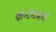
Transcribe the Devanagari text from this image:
कंन्टेन्टमध्ये